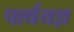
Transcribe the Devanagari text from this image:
पार्थयज्ञ